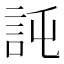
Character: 𧦖